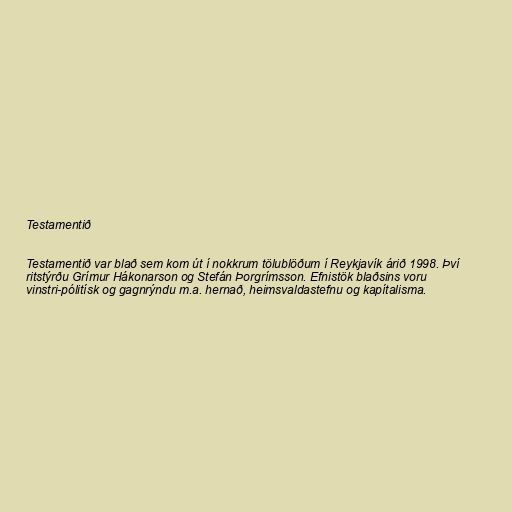
Testamentið

Testamentið var blað sem kom út í nokkrum tölublöðum í Reykjavík árið 1998. Því
ritstýrðu Grímur Hákonarson og Stefán Þorgrímsson. Efnistök blaðsins voru
vinstri-pólitísk og gagnrýndu m.a. hernað, heimsvaldastefnu og kapítalisma.